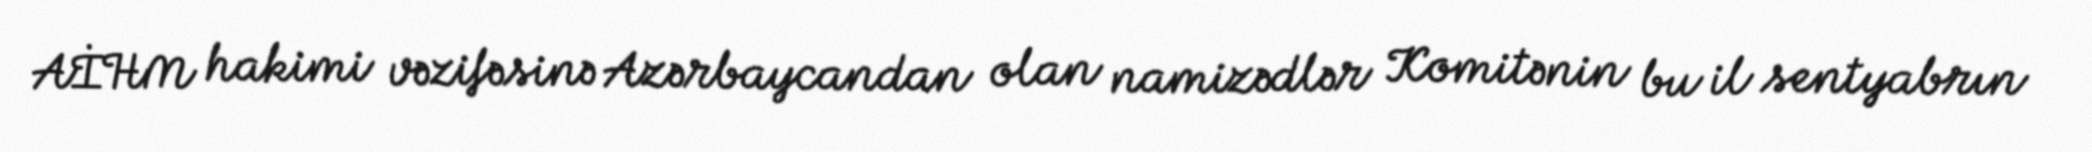
AİHM hakimi vəzifəsinə Azərbaycandan olan namizədlər Komitənin bu il sentyabrın